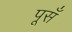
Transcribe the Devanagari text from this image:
पूसँ